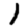
Digit: 1